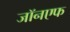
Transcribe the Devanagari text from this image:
जॉनएफ